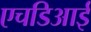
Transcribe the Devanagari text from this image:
एचडिआई